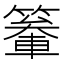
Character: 䉊